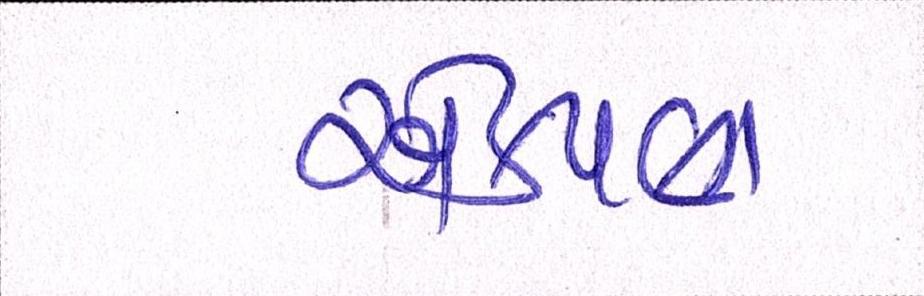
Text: એકપણ